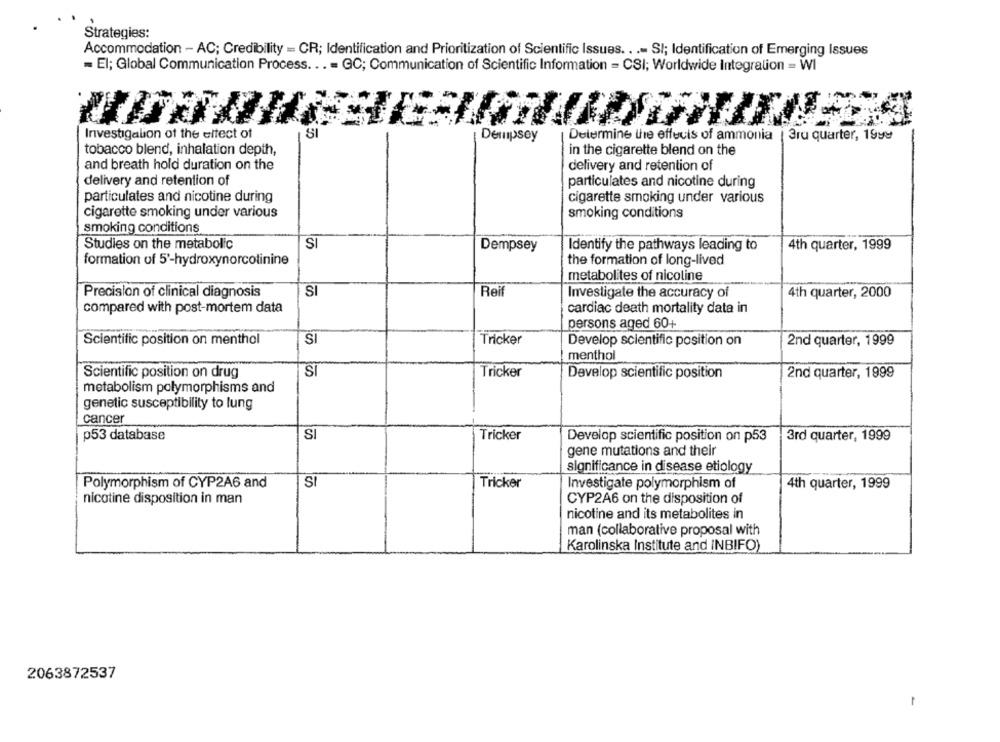
Strategies:
Accommodation - AC; Credibility = CR; Identification and Prioritization of Scientific Issues .. .- SI; Identification of Emerging Issues
= El; Global Communication Process ... = GC; Communication of Scientific Information = CSI; Worldwide Integration = WI
Investigalion of the eltect of
Dempsey
Determine the effects of ammonia | 3ru quarter, 1999
tobacco blend, inhalation depth,
in the cigarette blend on the
and breath hold duration on the
delivery and retention of
delivery and retention of
particulates and nicotine during
particulates and nicotine during
cigarette smoking under various
cigarette smoking under various
smoking conditions
smoking conditions
SI
Studies on the metabolic
Dempsey
Identify the pathways leading to
4th quarter, 1999
formation of 5'-hydroxynorcolinine
the formation of long-lived
metabolites of nicoline
Precision of clinical diagnosis
SI
Reif
Investigate the accuracy of
4th quarter, 2000
compared with post-mortem data
cardiac death mortality data in
persons aged 60+
Scientific position on menthol
SI
Tricker
Develop scientific position on
2nd quarter, 1999
menthol
SI
Scientific position on drug
Tricker
Develop scientific position
2nd quarter, 1999
metabolism polymorphisms and
genetic susceptibility to lung
cancer
p53 database
SI
Tricker
Develop scientific position on p53
3rd quarter, 1999
gene mutations and their
significance in disease etiology
S
Polymorphism of CYP2A6 and
Tricker
Investigate polymorphism of
4th quarter, 1999
nicotine disposition in man
CYP2A6 on the disposition of
nicotine and its metabolites in
man (collaborative proposal with
Karolinska Institute and INBIFO)
2063872537